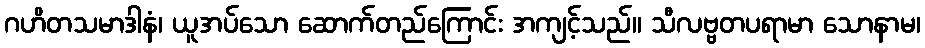
ဂဟိတသမာဒါနံ၊ ယူအပ်သော ဆောက်တည်ကြောင်း အကျင့်သည်။ သီလဗ္ဗတပရာမာ သောနာမ၊